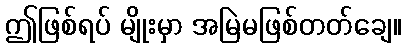
ဤဖြစ်ရပ် မျိုးမှာ အမြဲမဖြစ်တတ်ချေ။